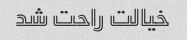
خیالت راحت شد